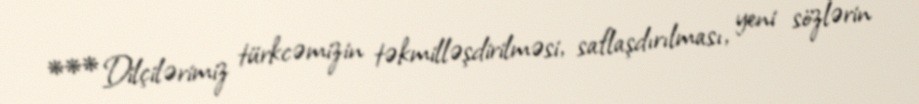
***Dilçilərimiz türkcəmizin təkmilləşdirilməsi, saflaşdırılması, yeni sözlərin